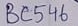
Text: BC546